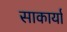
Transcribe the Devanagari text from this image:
साकार्या